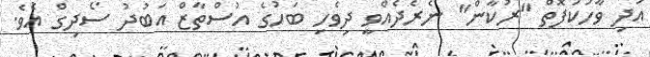
އަދި ވާހަކަފޮތް "ރުކާން" ނެރެދެއްވީ ދިވެހި ބަހުގެ އުސްތާޒް އަބުދު ސޯދިގް އެވެ.